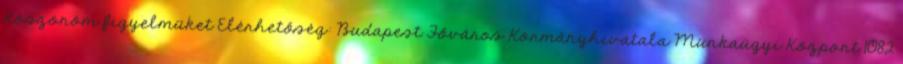
Köszönöm figyelmüket Elérhetőség: Budapest Főváros Kormányhivatala Munkaügyi Központ 1082